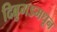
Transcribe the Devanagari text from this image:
दिब्रुगडमधून